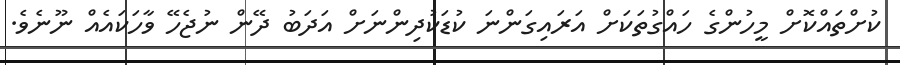
ކުށްތައްކޮށް މީހުންގެ ހައްގުތަކަށް އަރައިގަންނަ ކުޑަކުދިންނަށް އަދަބު ދޭން ނުޖެހޭ ވާހަކައެއް ނޫނެވެ.